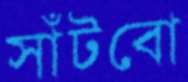
সাঁটবো